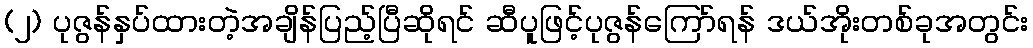
(၂) ပုဇွန်နှပ်ထားတဲ့အချိန်ပြည့်ပြီဆိုရင် ဆီပူဖြင့်ပုဇွန်ကြော်ရန် ဒယ်အိုးတစ်ခုအတွင်း